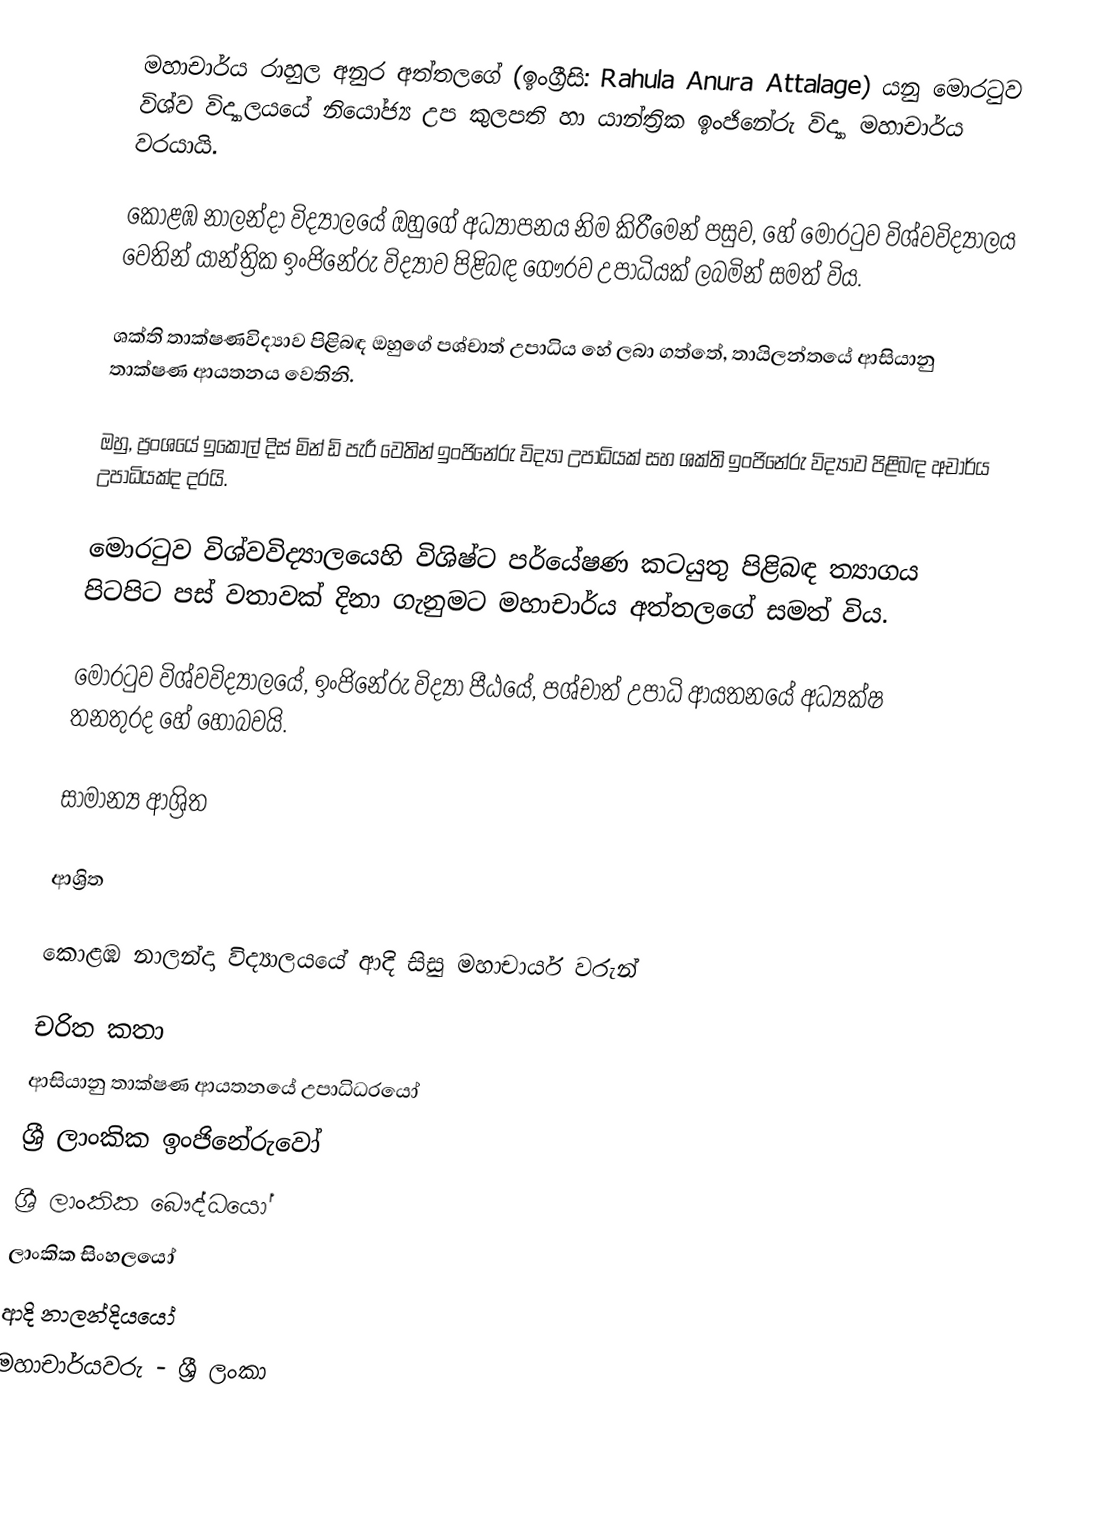
මහාචාර්ය  රාහුල අනුර අත්තලගේ   (ඉංග්‍රීසි: Rahula Anura Attalage) යනු  මොරටුව විශ්ව විද්‍යාලයයේ  නියෝජ්‍ය උප කුලපති හා යාන්ත්‍රික ඉංජිනේරු විද්‍යා මහාචාර්ය වරයායි.

කොළඹ නාලන්දා විද්‍යාලයේ ඔහුගේ අධ්‍යාපනය නිම කිරීමෙන් පසුව, හේ මොරටුව විශ්වවිද්‍යාලය වෙතින් යාන්ත්‍රික ඉංජිනේරු විද්‍යාව පිළිබඳ ගෞරව උපාධියක් ලබමින් සමත් විය.

ශක්ති තාක්ෂණවිද්‍යාව පිළිබඳ ඔහුගේ පශ්චාත් උපාධිය හේ ලබා ගත්තේ, තායිලන්තයේ ආසියානු තාක්ෂණ ආයතනය වෙතිනි.

ඔහු, ප්‍රංශයේ ඉකෝල් දිස් මින් ඩි පැරී වෙතින් ඉංජිනේරු විද්‍යා උපාධියක් සහ ශක්ති ඉංජිනේරු විද්‍යාව පිළිබඳ අචාර්ය උපාධියක්ද දරයි.

මොරටුව විශ්වවිද්‍යාලයෙහි විශිෂ්ට පර්යේෂණ කටයුතු පිළිබඳ ත්‍යාගය පිටපිට පස් වතාවක් දිනා ගැනුමට මහාචාර්ය අත්තලගේ සමත් විය.

මොරටුව විශ්වවිද්‍යාලයේ, ඉංජිනේරු විද්‍යා පීඨයේ, පශ්චාත් උපාධි ආයතනයේ අධ්‍යක්ෂ තනතුරද හේ හොබවයි.

සාමාන්‍ය ආශ්‍රිත

ආශ්‍රිත

 කොළඹ නාලන්දා විද්‍යාලයයේ ආදි සිසු මහාචාර්ය වරුන්

චරිත කතා
ආසියානු තාක්ෂණ ආයතනයේ උපාධිධරයෝ
ශ්‍රී ලාංකික ඉංජිනේරුවෝ
ශ්‍රී ලාංකික බෞද්ධයෝ
ලාංකික සිංහලයෝ
ආදි නාලන්දියයෝ
මහාචාර්යවරු - ශ්‍රී ලංකා